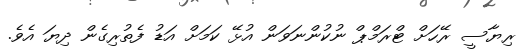
ރިޔާސީ ރޭހަށް ޓްރަމްޕް ނުކުންނަވަން އުޅޭ ކަމަށް އަޑު ފެތުރިގެން ދިޔަ އެވެ.